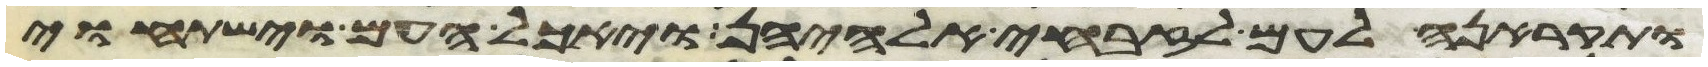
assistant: ותקראנה לעם לזבחי אלהיהן ויאכל העם וישתחוי